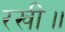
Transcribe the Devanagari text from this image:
रखीं॥